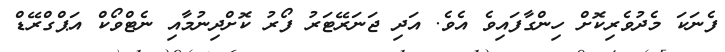
ފެނަކަ މެދުވެރިކޮށް ހިންގާފައިވެ އެވެ. އަދި ޖަނަރޭޓަރު ފޯރު ކޮށްދިނުމާއި ނެޓްވޯކް އަޕްގްރޭޑް